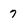
Character: 7